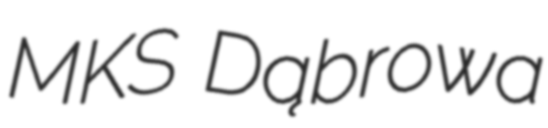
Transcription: MKS Dąbrowa